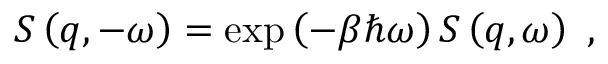
S \left( q , - \omega \right) = \exp \left( - \beta \hbar \omega \right) S \left( q , \omega \right) \ ,